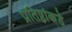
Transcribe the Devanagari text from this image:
प्रतिष्ठांकडे